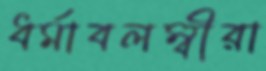
ধর্মাবলম্বীরা